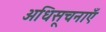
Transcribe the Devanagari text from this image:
अधिसूचनाएँ